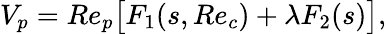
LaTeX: \begin{array}{r}{V_{p}=Re_{p}\big[F_{1}(s,Re_{c})+\lambda F_{2}(s)\big],}\end{array}